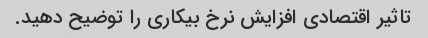
تاثیر اقتصادی افزایش نرخ بیکاری را توضیح دهید.